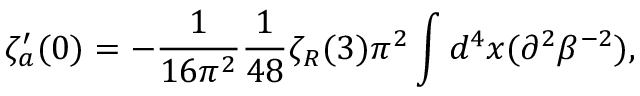
\zeta _ { a } ^ { \prime } ( 0 ) = - { \frac { 1 } { 1 6 \pi ^ { 2 } } } { \frac { 1 } { 4 8 } } \zeta _ { R } ( 3 ) \pi ^ { 2 } \int d ^ { 4 } x ( \partial ^ { 2 } \beta ^ { - 2 } ) ,